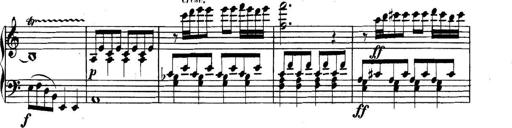
Title: Collected Piano Sonatas
Composer: Muzio Clementi